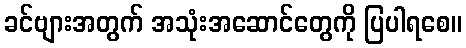
ခင်ဗျားအတွက် အသုံးအဆောင်တွေကို ပြပါရစေ။